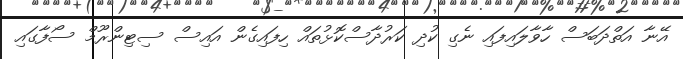
އޭނާ އަތްދަބަސް ހާވާލައިފައި ނެގި ކުދި ކަރުދާސްކޮޅުތައް ހިފައިގެން އައިސް ސިޓިންރޫމް ސޯފާގައި